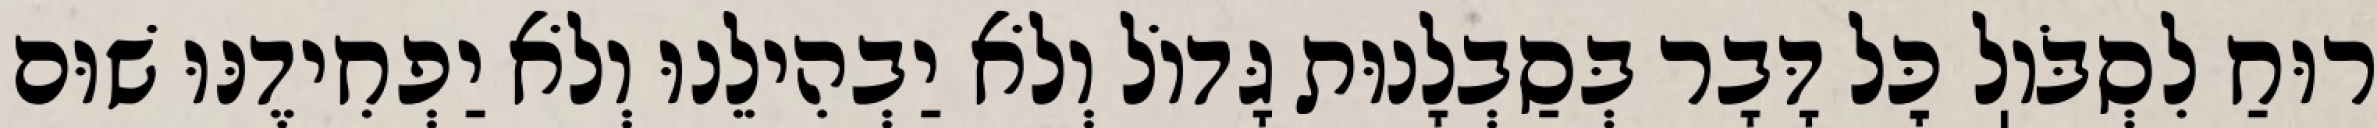
רוּחַ לִסְבֹּוֽל כׇּל דָּבָר בְּסַבְלָנוּת גָּדוֹל וְלֹא יַבְהִילֵנוּ וְלֹא יַפְחִידֶנּוּ שׁוּם